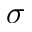
\sigma